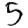
Digit: 5